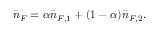
\bar { n } _ { F } = \alpha \bar { n } _ { F , 1 } + ( 1 - \alpha ) \bar { n } _ { F , 2 } .